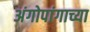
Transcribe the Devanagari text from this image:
अंगोपांगाच्या